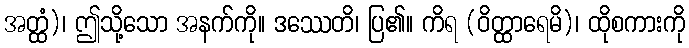
အတ္ထံ)၊ ဤသို့သော အနက်ကို။ ဒဿေတိ၊ ပြ၏။ ကိရ (ဝိတ္ထာရေမိ)၊ ထိုစကားကို